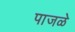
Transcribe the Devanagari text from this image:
पाजळे